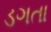
ડગતા